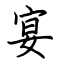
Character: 宴